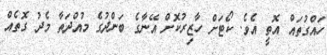
ހައްގުތައް އޮތީ އެވެ. ކޯޓަށް ހާޒިރުކޮށް އޭނާގެ ބަންދުގެ މުއްދަތާ މެދު ގޮތެއް